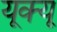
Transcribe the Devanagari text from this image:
यूक्यू